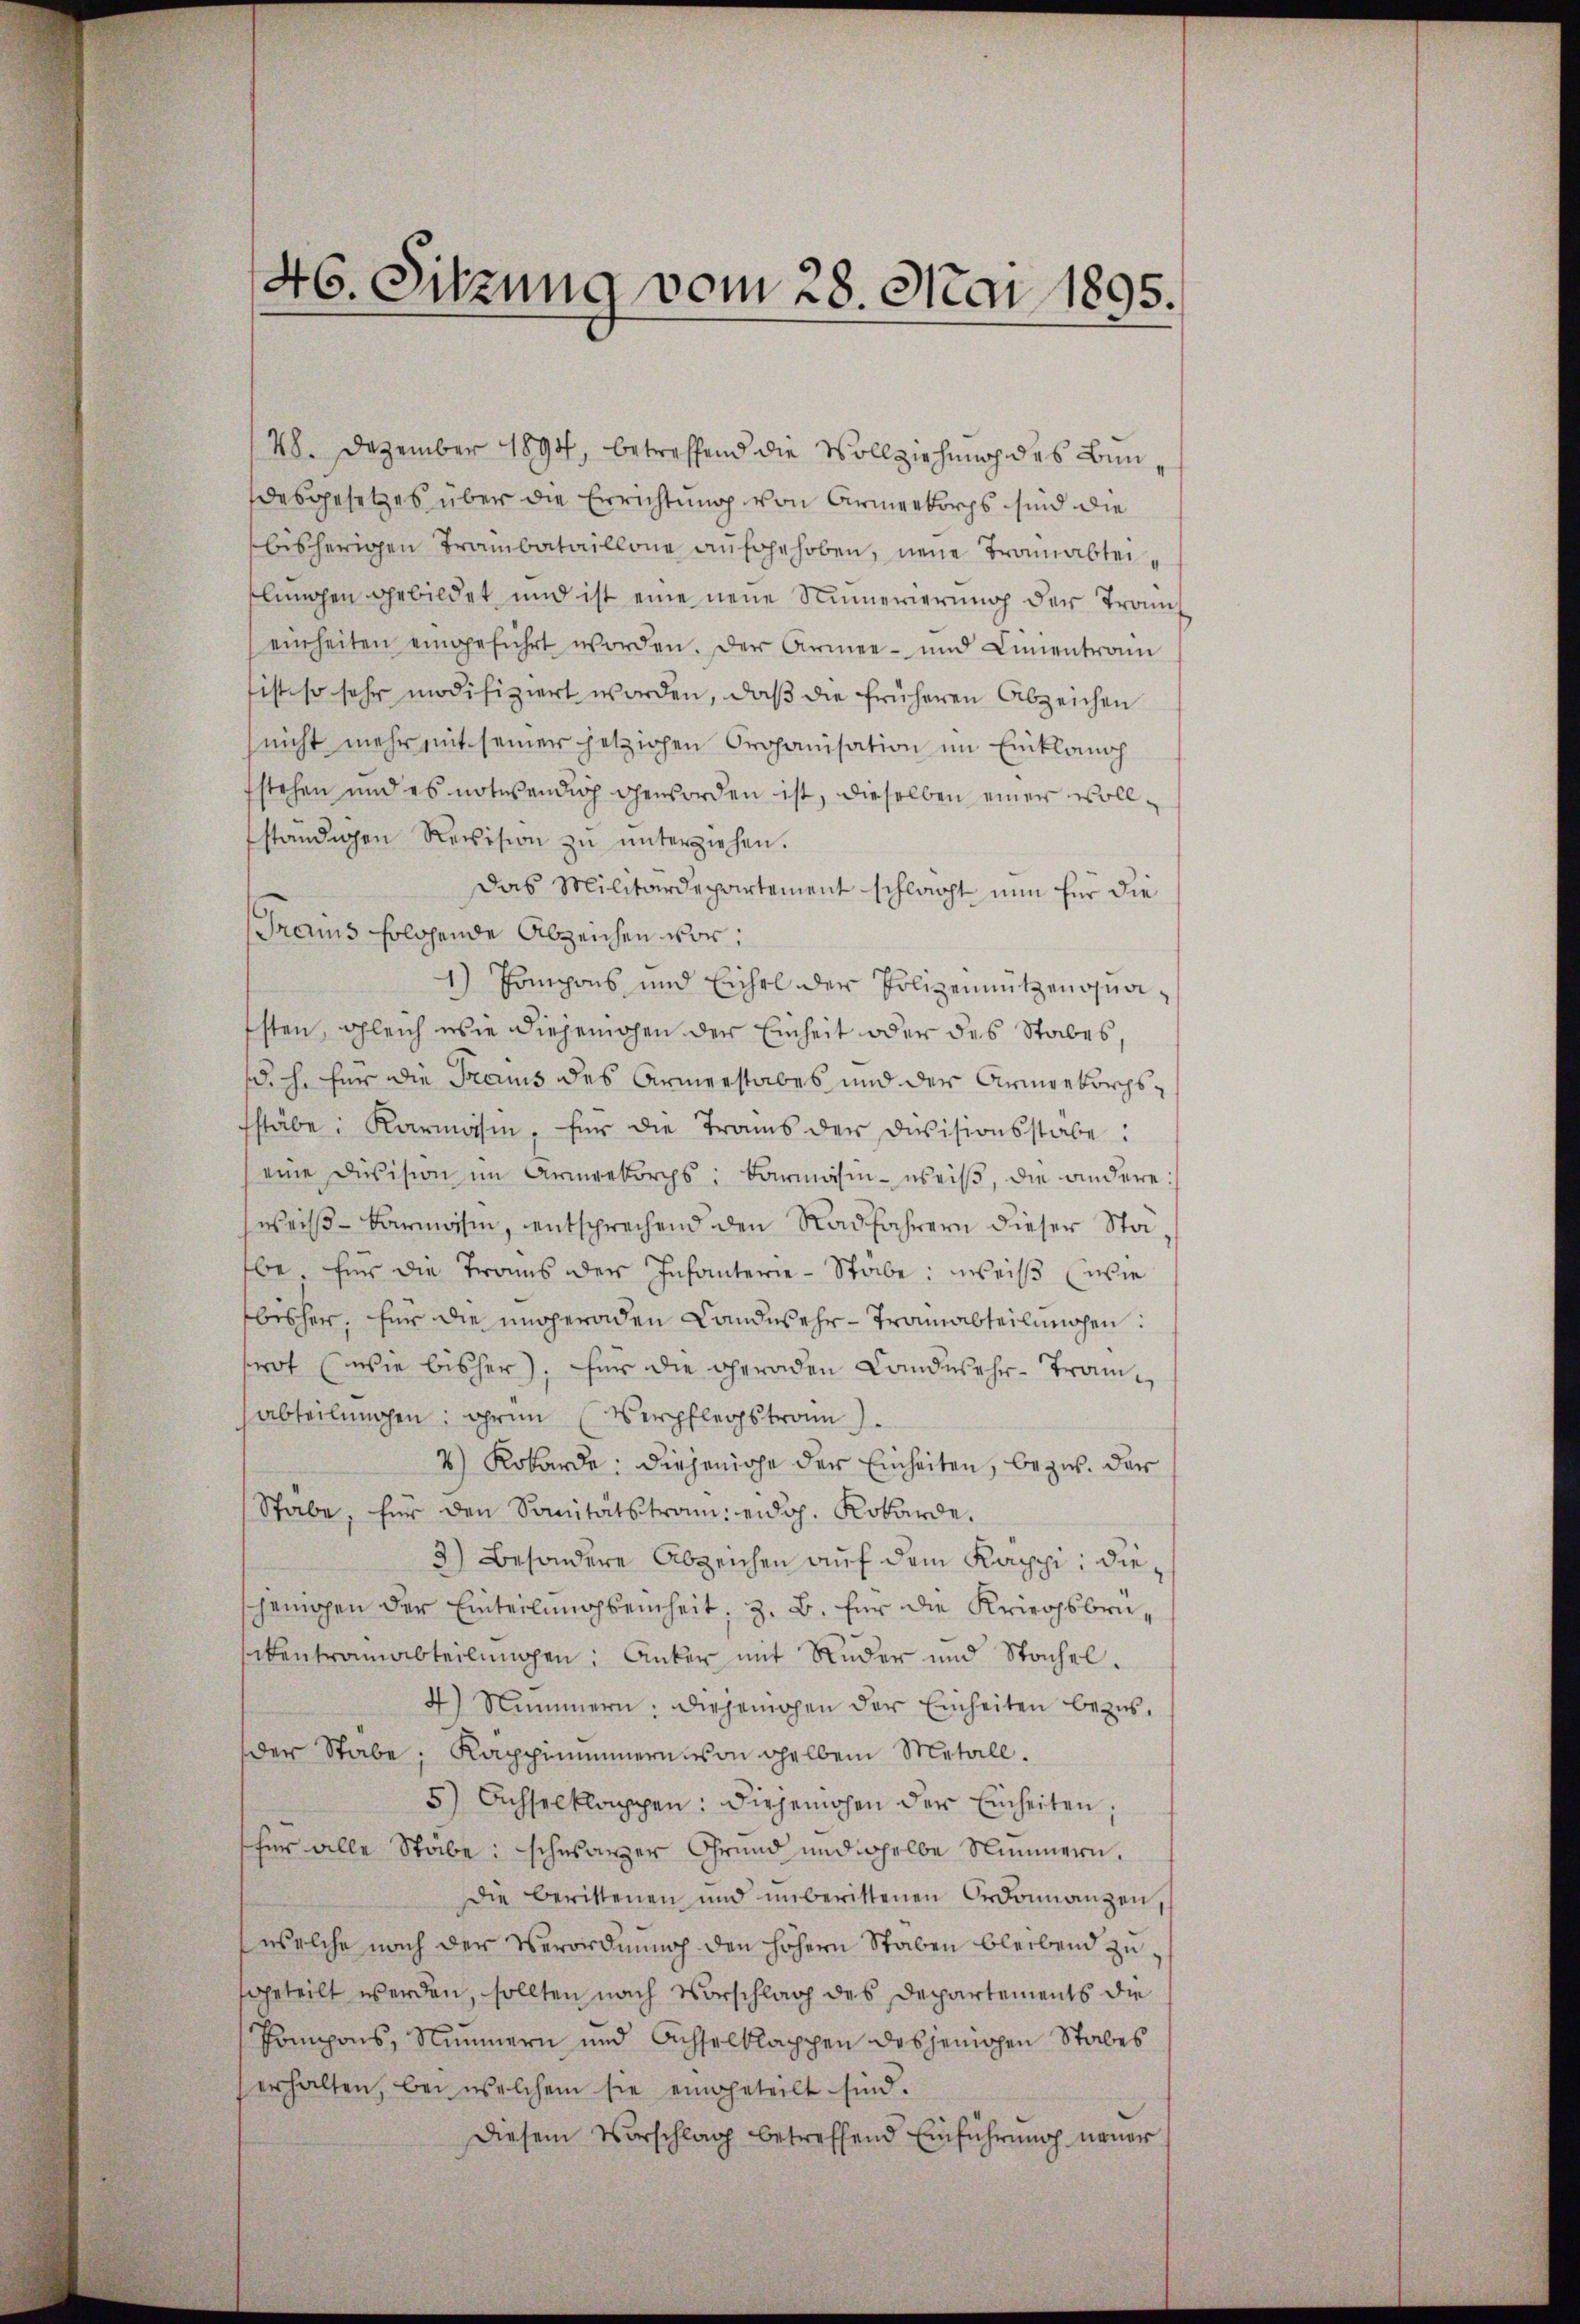
46. Sitzung vom 28. Mai 1895.

148. Dezember 1894, betreffend die Vollziehung des Bundesgesetzes über die Errichtung von Armerkorps sind die
bisherigen Trambataillone aufgehoben, neue Tromabteilŭngen gebildet und ist eine neue Numerierŭng der Traneinheiten eingeführt worden. Der Armee- und Linientran
ist so sehr modifiziert worden, daβ die früheren Abzeichen
nicht mehr mit seiner jetzigen Organisation im Einklangh
fstehen und es notwendig geworden ist, dieselben einer Vollständigen Revision zŭ ŭnterziehen.
das Militärdepartement schlacht nun für die
Trarius folgende Abzeichen vor:
1) Compons und Eichel der Polizeinützenquasten, gleich wie diejenigen der Einheit oder des Stabes,
(d. h. für die Traus des Armenstabes und der Armeekorpsstäbe: Karmassin, für die Trams der Divisionsstabe:
eine Division im Armeekorps: Barmäsin weiß, die andere
weiß - karmössin, entsprechend den Radfahrern dieser Stabe. Für die Trans der Infanterie-Stabe: weiß wie
bisher, für die ungeraden Landwehr- Tramabteilungen:
rot (wie bisher). Für die geraden Landwehr- Tramabteilungen: grün (Verpflegstram
2) Kobarde: Diejenige der Einheiten, bezw. der
Stabe, für den Sanitätstram eidg. Kobarde.
3) Besondere Abzeichen auf dem Kappi, diejenigen der Einteilungseinheit, z. B. für die Kriegsbrücentromabteilungen: Anker mit Ruder und Stachel.
4) Nummern: diejenigen der Einheiten bezisder Stabe; Kappnummern von gelben Metall.
5) Achselklappen: Diejenigen der Einheiten,
für alle Stäbe: schwarzer Grund und woselbe Nummern.
Die berittenen und unberittenen Ordonnanzen
welche nach der Verordnung den höhern Staben bleibend zugeteilt werden, sollten nach Vorschlag des Departements die
Pompons, Nummern und Achselklappen desjenigen Stabes
erhalten, bei welchem sie eingeteilt sind.
Diesem Vorschlag betreffend Einführung neuer